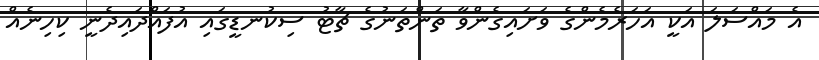
އެ މައްސަލަ އަކީ އަހަރެމެންގެ ވަށައިގެންވާ ތަންތަނުގެ ޗާޓު ސިކުނޑީގައި އުފައްދައިދެނީ ކިހިނެއް